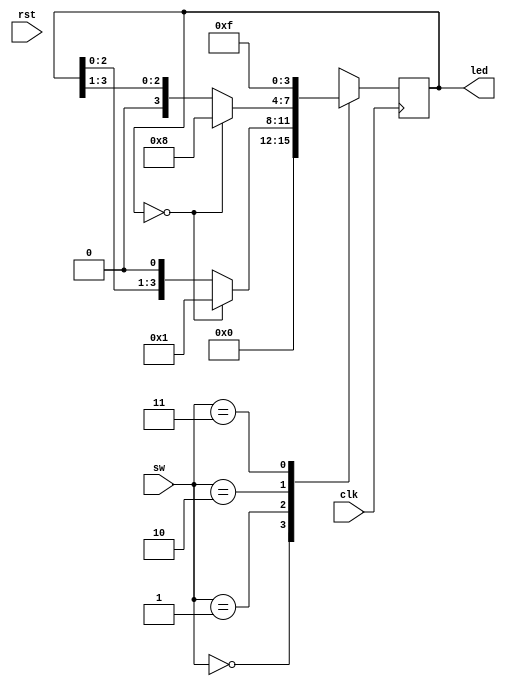
module LED(
    input   clk ,
    input   rst ,
    input   [1:0] sw    ,
    output  reg     [3:0] led
    );
    
    always@(posedge clk)begin
        case(sw)
            2'b00:  led = 4'b0000;
            2'b01:  begin
                if(led == 0)    led <= 4'b0001;
                else led <= led << 1;
            end
            2'b10:  begin
                if(led == 0)    led <= 4'b1000;
                else led <= led >> 1;
            end
            2'b11:  led = 4'b1111;
        endcase
    end 
    
endmodule